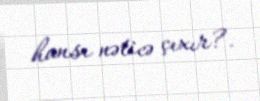
hansı nəticə çıxır?.